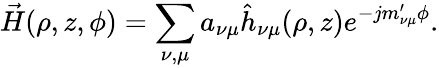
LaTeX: \vec{H}(\rho,z,\phi)=\sum_{\nu,\mu}a_{\nu\mu}{\hat{h}}_{\nu\mu}(\rho,z)e^{-jm_{\nu\mu}^{\prime}\phi}.